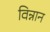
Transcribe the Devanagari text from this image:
विन्नान